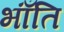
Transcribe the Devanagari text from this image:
भाँंति